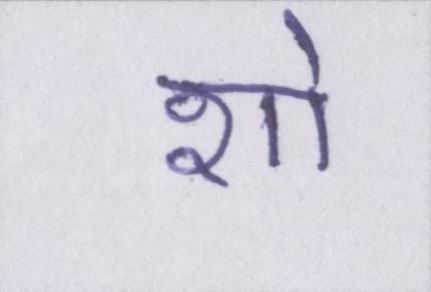
शो